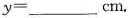
y=___cm。